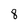
Character: 8